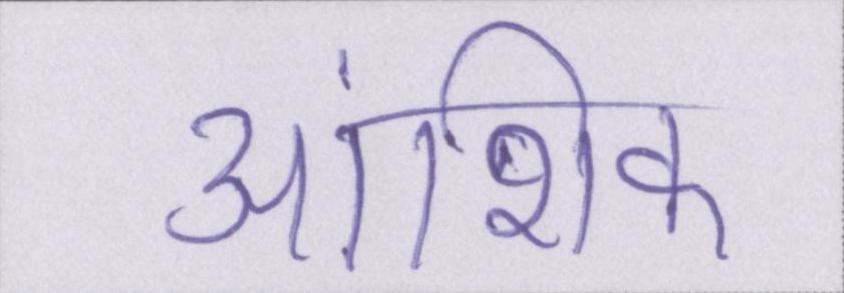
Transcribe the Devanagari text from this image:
आंशिक